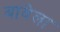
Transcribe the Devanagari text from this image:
बावेला